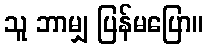
သူ ဘာမျှ ပြန်မပြော။